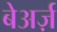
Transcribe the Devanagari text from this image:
बेअर्ज़